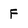
Character: F